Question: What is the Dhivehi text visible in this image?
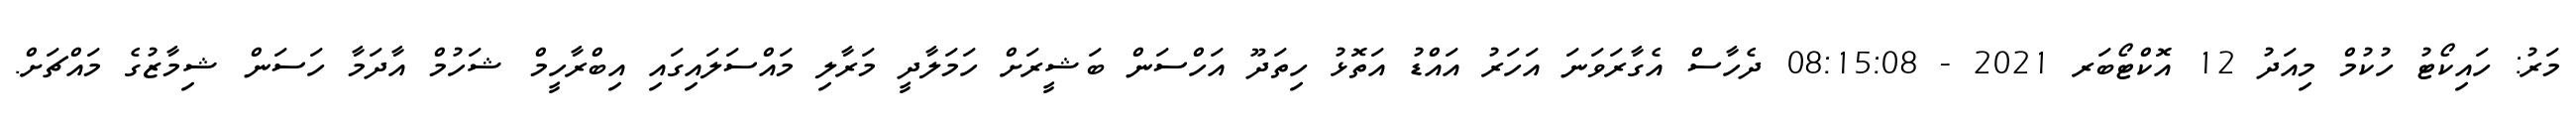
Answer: މަރު: ހައިކޯޓު ހުކުމް މިއަދު 12 އޮކްޓޯބަރ 2021 - 08:15:08 ދެހާސް އެގާރަވަނަ އަހަރު އައްޑު އަތޮޅު ހިތަދޫ އަހްސަން ބަޝީރަށް ހަމަލާދީ މަރާލި މައްސަލައިގައި އިބްރާހީމް ޝަހުމް އާދަމާ ހަސަން ޝިމާޒުގެ މައްޗަށް.